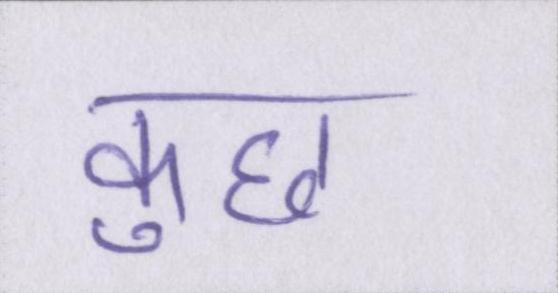
कुछ